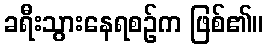
ခရီးသွားနေရစဉ်က ဖြစ်၏။